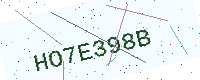
Text: HO7E398B